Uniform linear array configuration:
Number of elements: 32
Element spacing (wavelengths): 1
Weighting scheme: hamming
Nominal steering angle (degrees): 15
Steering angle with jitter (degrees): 15.187
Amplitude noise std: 0.05
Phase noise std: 0.05

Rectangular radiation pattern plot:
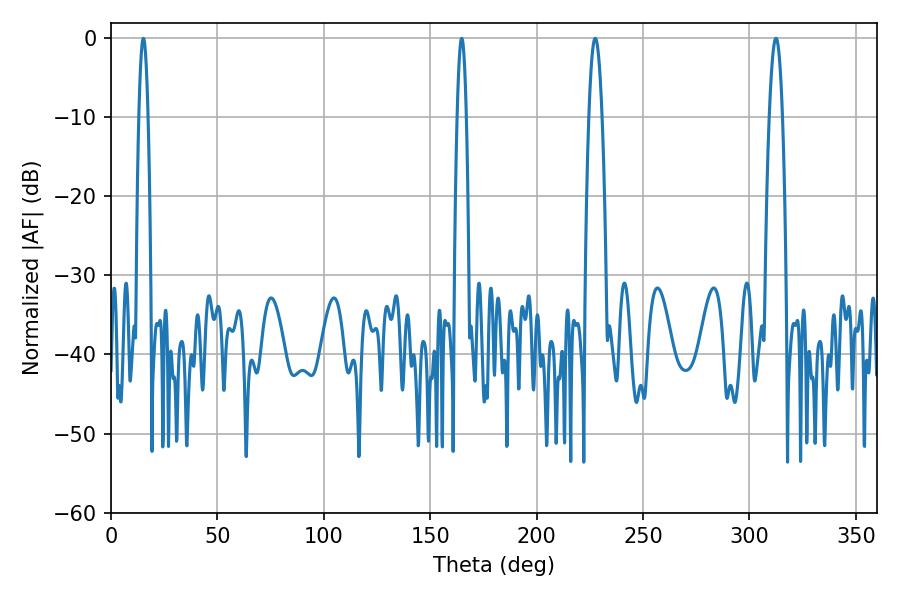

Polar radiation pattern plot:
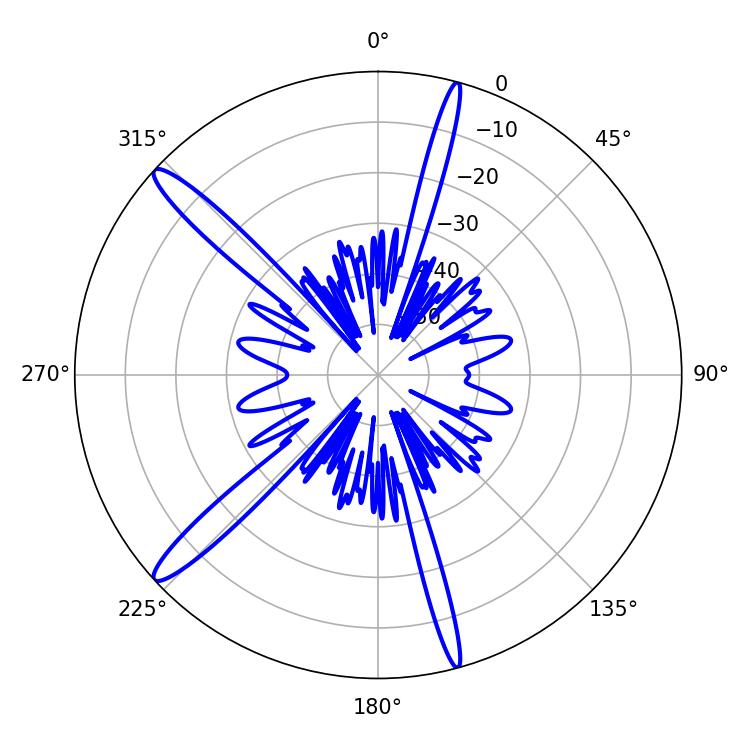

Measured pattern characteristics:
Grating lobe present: TRUE
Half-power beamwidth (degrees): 3.42
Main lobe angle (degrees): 227.52